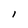
Character: l